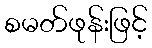
စမတ်ဖုန်းဖြင့်